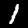
Digit: 1